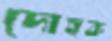
দোহক